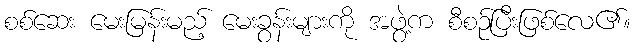
စစ်ဆေး မေးမြန်းမည့် မေးခွန်းများကို အဖွဲ့က စီစဉ်ပြီးဖြစ်လေ၏။